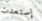
إستعدت